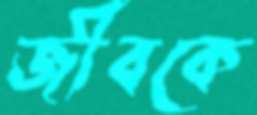
জীবকে